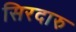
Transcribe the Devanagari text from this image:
सिरदारु